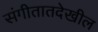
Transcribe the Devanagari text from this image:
संगीतातदेखील